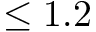
\leq 1 . 2